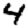
Digit: 4